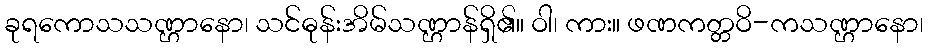
ခုရကောသသဏ္ဌာနော၊ သင်ဓုန်းအိမ်သဏ္ဌာန်ရှိ၏။ ဝါ၊ ကား။ ဖဏကတ္တဝိ-ကသဏ္ဌာနော၊